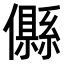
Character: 𠐴